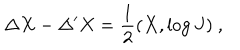
\Delta X - \Delta ^ { \prime } X = \frac { 1 } { 2 } ( X , \log J ) \ ,